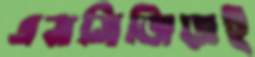
এসসিজিতেই